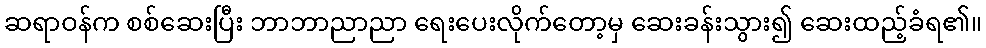
ဆရာဝန်က စစ်ဆေးပြီး ဘာဘာညာညာ ရေးပေးလိုက်တော့မှ ဆေးခန်းသွား၍ ဆေးထည့်ခံရ၏။